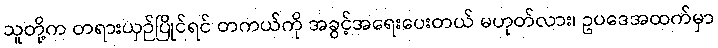
သူတို့က တရားယှဉ်ပြိုင်ရင် တကယ်ကို အခွင့်အရေးပေးတယ် မဟုတ်လား၊ ဥပဒေအထက်မှာ